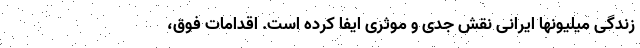
زندگی میلیونها ایرانی نقش جدی و موثری ایفا کرده است. اقدامات فوق،